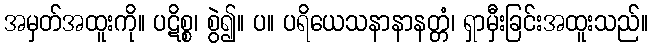
အမှတ်အထူးကို။ ပဋိစ္စ၊ စွဲ၍။ ပ။ ပရိယေသနာနာနတ္တံ၊ ရှာမှီးခြင်းအထူးသည်။